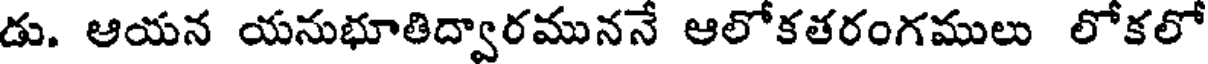
డు. ఆయన యనుభూతిద్వారముననే ఆలోకతరంగములు లోకలో